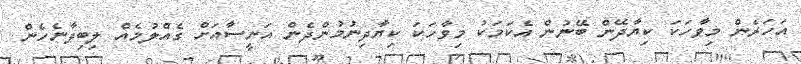
އަހަރެން މިވާހަކަ ކިޔާދޭން ބޭނުން އެކަމަކު މިވާހަކަ ކިޔާދިނުމުންދެން އަނީސާއަށް ގެއްލުމެއް ލިބިދާނެހެން